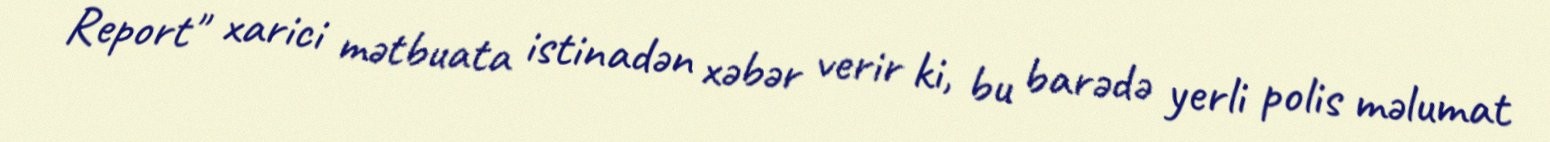
Report" xarici mətbuata istinadən xəbər verir ki, bu barədə yerli polis məlumat